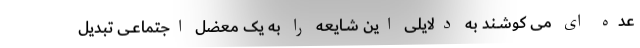
عده ای می کوشــند به دلایلی این شــایعه را به یک معضل اجتماعــی تبدیل